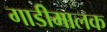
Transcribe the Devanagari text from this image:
गाडीमालक